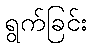
ရွက်ခြင်း